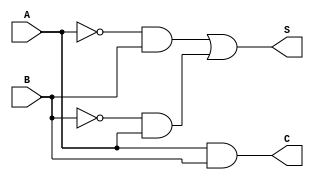
// FAVOR COLOCAR NOME E MATRICULA

module half_adder(output S, output C,
                input A, input B);
    // Obtem S
    wire SN1, SN2;
    wire SA1, SA2;
    not NOT1(SN1, A);
    not NOT2(SN2, B);
    and AND1(SA1, SN1, B);
    and AND2(SA2, SN2, A);
    or OR1(S, SA1, SA2);
    
    // Obtem C
    and AND3(C, A, B);
endmodule

module teste();
    reg A, B;
    wire S, C;
    half_adder ADDER(S, C, A, B);
    
    initial begin
        $display("A B S C");
        $monitor("%b %b %b %b", A, B, S, C);
        A = 0; B = 0; // 0
        #1 A = 0; B = 1; // 1;
        #1 A = 1; B = 0; // 2;
        #1 A = 1; B = 1; // 3;
    end
endmodule